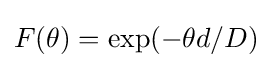
F(\theta )={\text{exp}}(-\theta d/D)